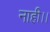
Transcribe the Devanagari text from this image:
नाही।।